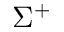
\Sigma ^ { + }